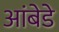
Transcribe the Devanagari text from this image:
आंबेडे